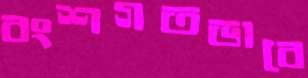
বংশগতভাবে